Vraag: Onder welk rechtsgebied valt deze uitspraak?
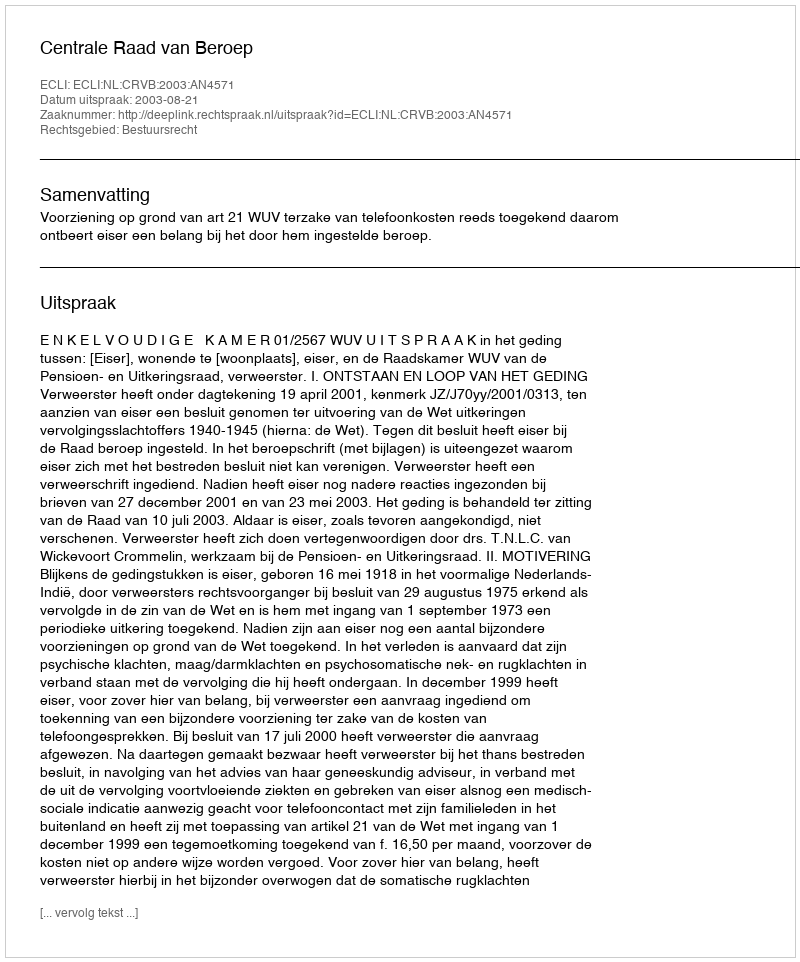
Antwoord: Bestuursrecht